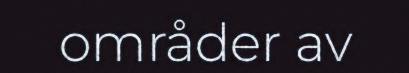
områder av